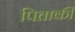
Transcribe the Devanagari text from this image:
पिताकी